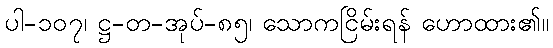
ပါ-၁၀၇၊ ဋ္ဌ-တ-အုပ်-၈၅၊ သောကငြိမ်းရန် ဟောထား၏။